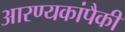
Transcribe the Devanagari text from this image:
आरण्यकांपैकी